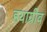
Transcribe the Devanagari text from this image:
हयाग्रीव